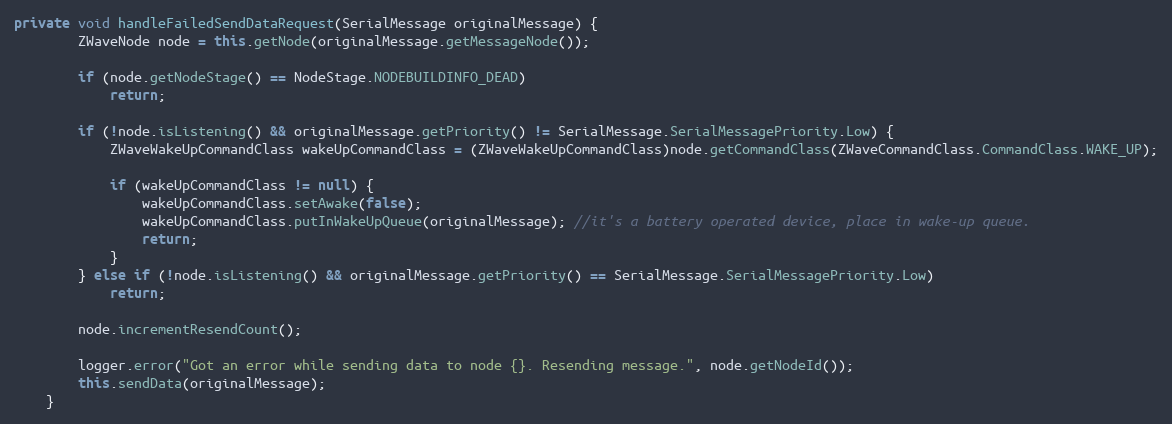
Language: Java
private void handleFailedSendDataRequest(SerialMessage originalMessage) {
		ZWaveNode node = this.getNode(originalMessage.getMessageNode());

		if (node.getNodeStage() == NodeStage.NODEBUILDINFO_DEAD)
			return;

		if (!node.isListening() && originalMessage.getPriority() != SerialMessage.SerialMessagePriority.Low) {
			ZWaveWakeUpCommandClass wakeUpCommandClass = (ZWaveWakeUpCommandClass)node.getCommandClass(ZWaveCommandClass.CommandClass.WAKE_UP);

			if (wakeUpCommandClass != null) {
				wakeUpCommandClass.setAwake(false);
				wakeUpCommandClass.putInWakeUpQueue(originalMessage); //it's a battery operated device, place in wake-up queue.
				return;
			}
		} else if (!node.isListening() && originalMessage.getPriority() == SerialMessage.SerialMessagePriority.Low)
			return;

		node.incrementResendCount();

		logger.error("Got an error while sending data to node {}. Resending message.", node.getNodeId());
		this.sendData(originalMessage);
	}